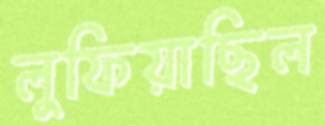
লুফিয়াছিল